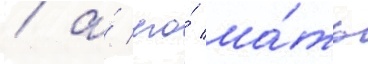
/ а́ его́ ма́ть